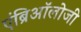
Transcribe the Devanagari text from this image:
एंब्रिऑलोजी